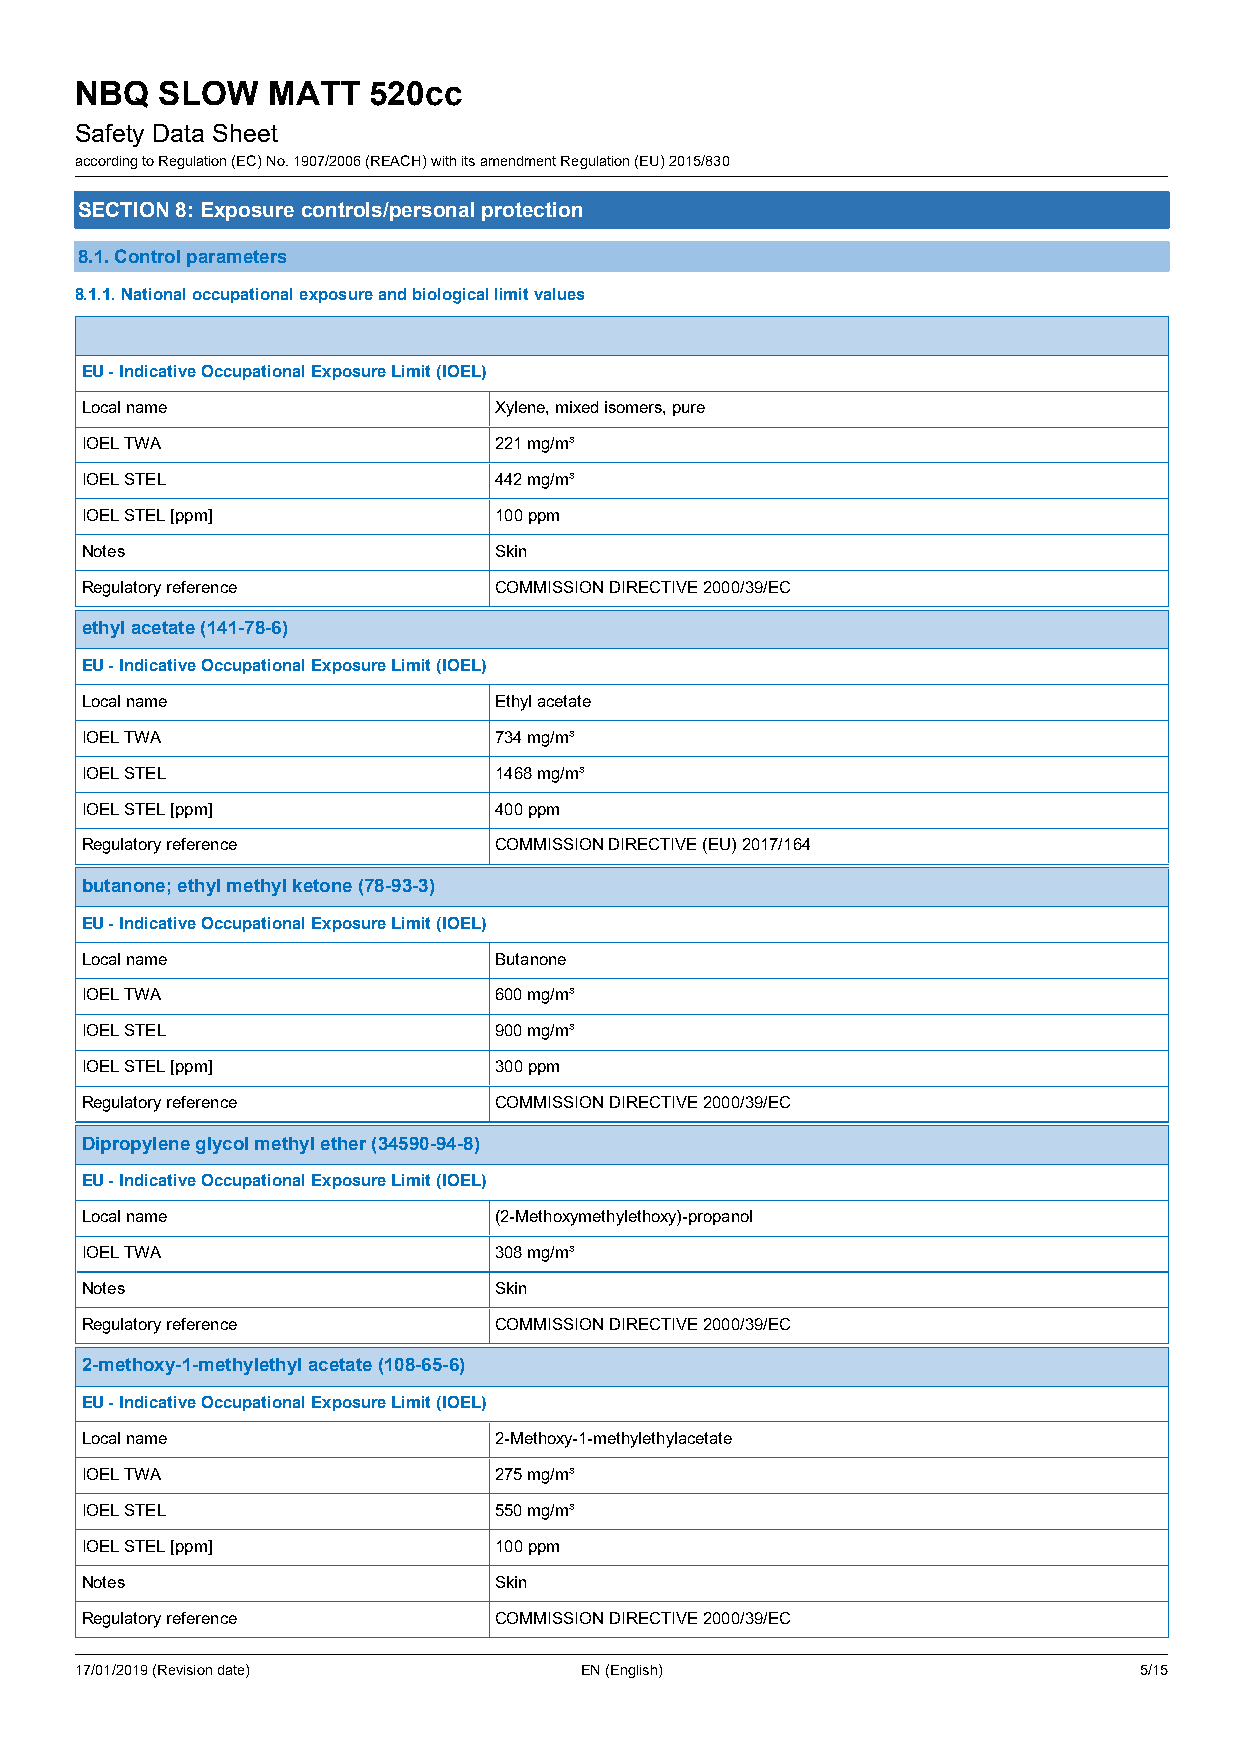
NBQ  SLOW    MATT  520cc
 Safety Data Sheet
 according to Regulation (EC) No. 1907/2006 (REACH) with its amendment Regulation (EU) 2015/830
 SECTION 8: Exposure controls/personal protection
 8.1. Control parameters
 8.1.1. National occupational exposure and biological limit values
 EU - Indicative Occupational Exposure Limit (IOEL)
 Local name                  Xylene, mixed isomers, pure
 IOEL TWA                    221 mg/m³
 IOEL STEL                   442 mg/m³
 IOEL STEL [ppm]             100 ppm
 Notes                       Skin
 Regulatory reference        COMMISSION DIRECTIVE 2000/39/EC
 ethyl acetate (141-78-6)
 EU - Indicative Occupational Exposure Limit (IOEL)
 Local name                  Ethyl acetate
 IOEL TWA                    734 mg/m³
 IOEL STEL                   1468 mg/m³
 IOEL STEL [ppm]             400 ppm
 Regulatory reference        COMMISSION DIRECTIVE (EU) 2017/164
 butanone; ethyl methyl ketone (78-93-3)
 EU - Indicative Occupational Exposure Limit (IOEL)
 Local name                  Butanone
 IOEL TWA                    600 mg/m³
 IOEL STEL                   900 mg/m³
 IOEL STEL [ppm]             300 ppm
 Regulatory reference        COMMISSION DIRECTIVE 2000/39/EC
 Dipropylene glycol methyl ether (34590-94-8)
 EU - Indicative Occupational Exposure Limit (IOEL)
 Local name                  (2-Methoxymethylethoxy)-propanol
 IOEL TWA                    308 mg/m³
 Notes                       Skin
 Regulatory reference        COMMISSION DIRECTIVE 2000/39/EC
 2-methoxy-1-methylethyl acetate (108-65-6)
 EU - Indicative Occupational Exposure Limit (IOEL)
 Local name                  2-Methoxy-1-methylethylacetate
 IOEL TWA                    275 mg/m³
 IOEL STEL                   550 mg/m³
 IOEL STEL [ppm]             100 ppm
 Notes                       Skin
 Regulatory reference        COMMISSION DIRECTIVE 2000/39/EC
 17/01/2019 (Revision date)       EN (English)                         5/15